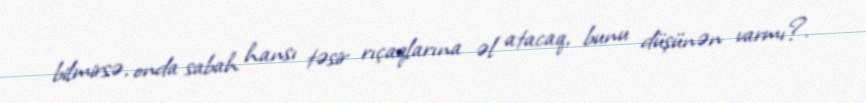
bilmirsə, onda sabah hansı təsir rıçaqlarına əl atacaq, bunu düşünən varmı?.